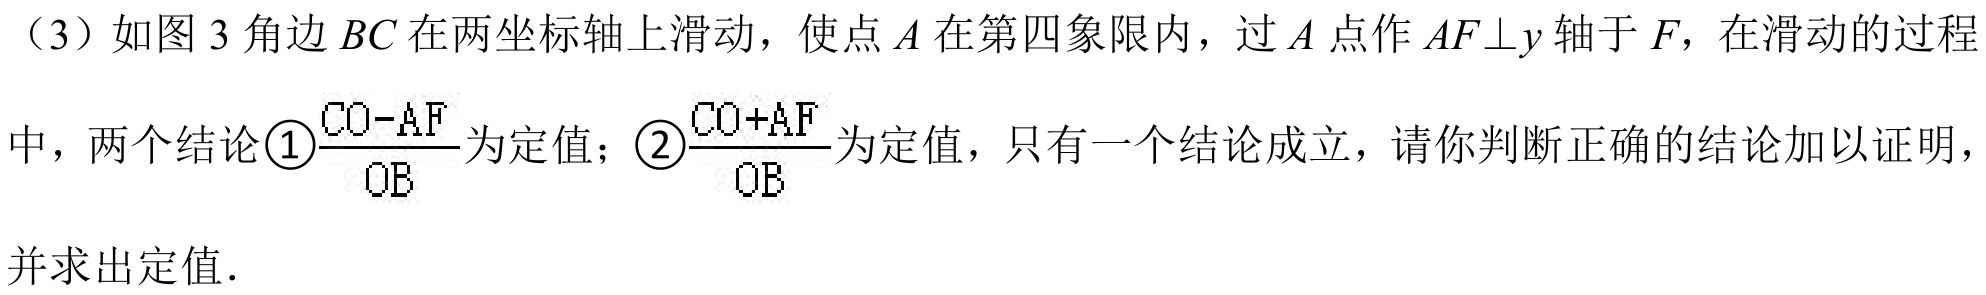
（3）如图3角边$BC$在两坐标轴上滑动，使点$A$在第四象限内，过$A$点作$AF\perp y$轴于$F$，在滑动的过程中，两个结论\textcircled{1}$\frac{CO - AF}{OB}$为定值；\textcircled{2}$\frac{CO + AF}{OB}$为定值，只有一个结论成立，请你判断正确的结论加以证明，并求出定值．